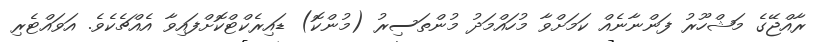
ރާއްޖޭގެ މަޝްހޫރު ފަންނާނެއް ކަމަށްވާ މުހައްމަދު މުންތަސިރު (މުންކޮ) ޑައިރެކްޓްކޮށްފައިވާ އެއްޗެކެވެ. އަވައްޓެރި